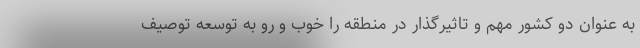
به عنوان دو کشور مهم و تاثیرگذار در منطقه را خوب و رو به توسعه توصیف